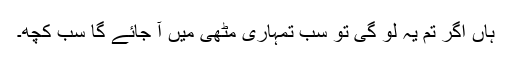
ہاں اگر تم یہ لو گی تو سب تمہاری مٹھی میں آ جائے گا سب کچھ۔